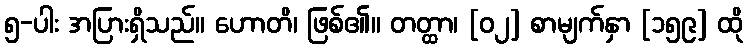
၅-ပါး အပြားရှိသည်။ ဟောတိ၊ ဖြစ်၏။ တတ္ထာ၊ [၀၂] စာမျက်နှာ [၁၅၉] ထို